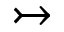
\rightarrowtail